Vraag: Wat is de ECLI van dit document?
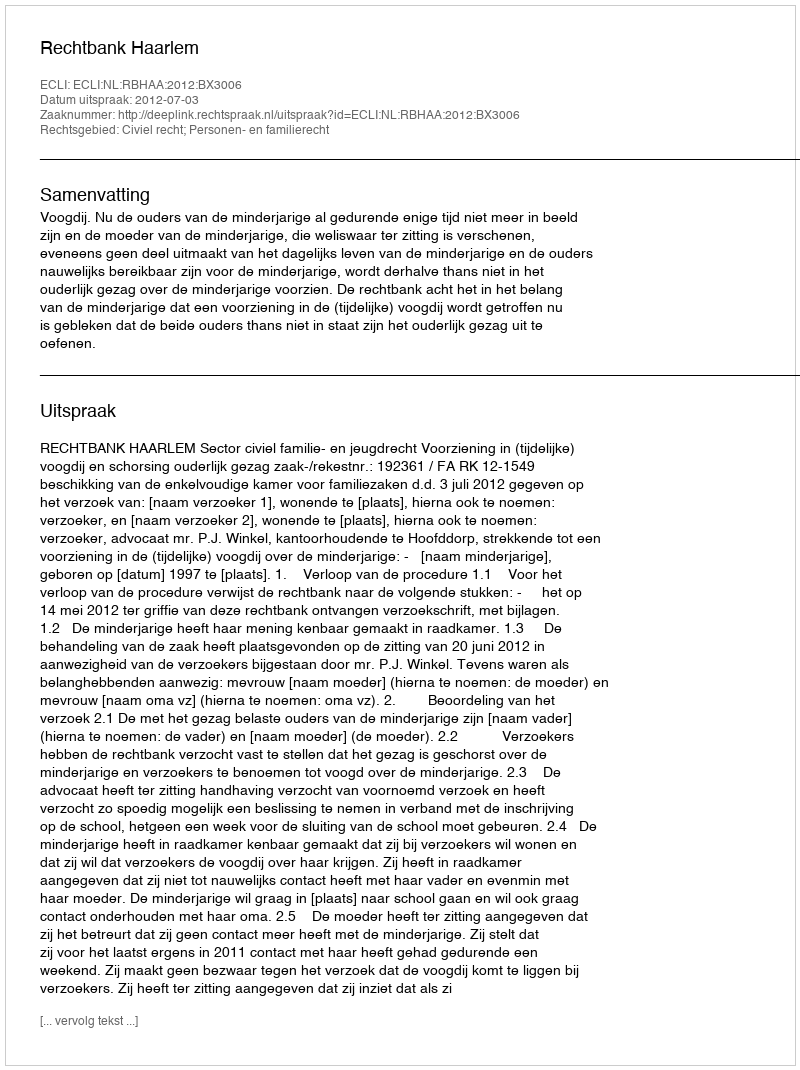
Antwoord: ECLI:NL:RBHAA:2012:BX3006